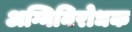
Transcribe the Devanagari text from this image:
अग्निनिरोधक